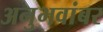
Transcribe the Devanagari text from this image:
अनुभवांबर